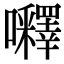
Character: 𡅵